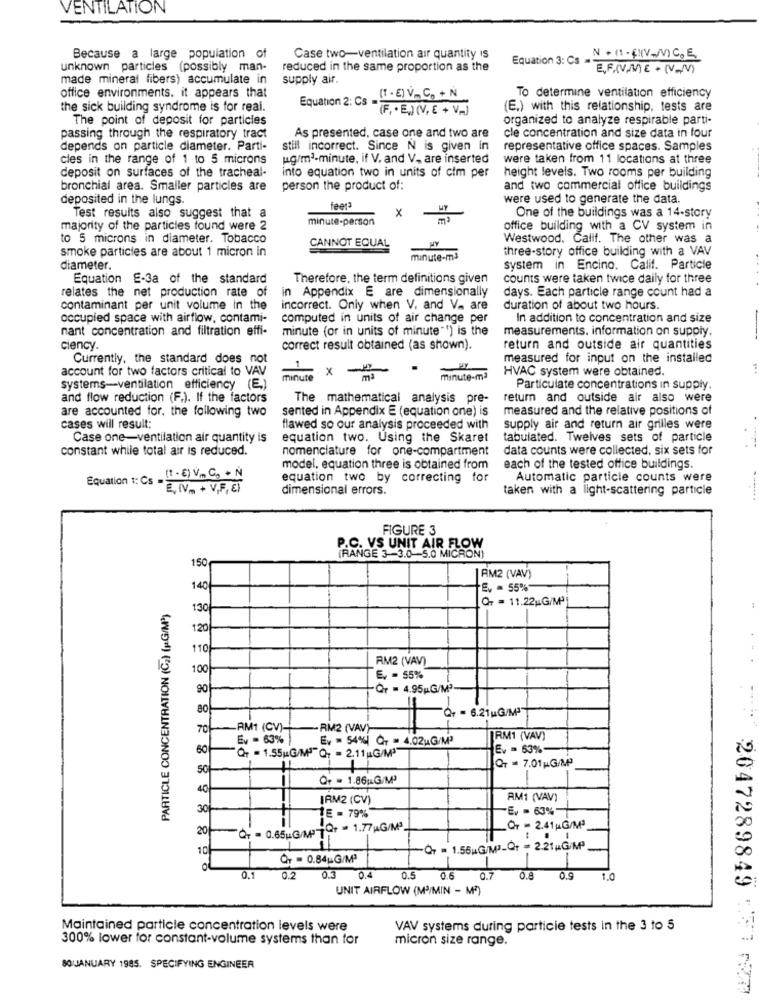
VENTILATION
Because a large population of
Case two-ventilation air quantity Is
Equation 3: Cs . + (1 . EHV-/V) C. E.
unknown particles (possibly man-
reduced in the same proportion as the
E.F.(V.ME + (V_V)
made mineral fibers) accumulate in
supply air.
Equation 2: Cs .( . E) V. C. + N
office environments. it appears that
To determine ventilation efficiency
the sick building syndrome is for real.
(F, · E,) (V, E + V„,)
(E.) with this relationship, tests are
The point of deposit for particles
organized to analyze respirable parti-
As presented, case one and two are
passing through the respiratory tract
cle concentration and size data in four
depends on particle diameter. Parti-
still incorrect. Since N is given in
representative office spaces. Samples
cles in the range of 1 to 5 microns
ug/m3-minute, if V. and V. are inserted
were taken from 11 locations at three
deposit on surfaces of the tracheal-
into equation two in units of cim per
height levels. Two rooms per building
bronchial area. Smaller particles are
person the product of:
and two commercial office buildings
deposited in the lungs.
were used to generate the data.
feet3
x
One of the buildings was a 14-story
Test results also suggest that a
minute-person
majority of the particles found were 2
office building with a CV system in
to 5 microns in diameter. Tobacco
Westwood. Calif. The other was a
smoke particles are about 1 micron in
CANNOT EQUAL
three-story office building with a VAV
minute-m3
diameter.
system in Encino. Calif. Particle
Equation E-3a of the standard
Therefore, the term definitions given
counts were taken twice daily for three
relates the net production rate of
n Appendix E are dimensionally
days. Each particle range count had a
contaminant per unit volume In the
incorrect. Only when V, and V_ are
duration of about two hours.
occupied space with airflow, contami-
computed in units of air change per
In addition to concentration and size
nant concentration and filtration effi-
minute (or in units of minute"") is the
measurements, information on supply,
ciency.
correct result obtained (as shown).
return and outside air quantities
Currently, the standard does not
measured for input on the installed
account for two factors critical to VAV
x -
HVAC system were obtained.
minute
minute-ma
systems-ventilation efficiency (E)
Particulate concentrations in supply.
and flow reduction (F.). If the factors
The mathematical analysis pre-
return and outside air also were
are accounted for, the following two
sented in Appendix E (equation one) is
measured and the relative positions of
cases will result:
flawed so our analysis proceeded with
supply air and return air grilles were
Case one-ventilation air quantity is
equation two. Using the Skaret
tabulated. Twelves sets of particle
constant while total air is reduced.
nomenclature for one-compartment
data counts were collected, six sets for
model, equation three is obtained from
each of the tested office buildings.
Equation 1: Cs -
(1 - E) V C + N
equation two by correcting for
Automatic particle counts were
" E, IVm + V,F, E)
dimensional errors.
taken with a light-scattering particle
FIGURE 3
P.C. VS UNIT AIR FLOW
(RANGE 3-3.0-5.0 MICRON)
150
RM2 (VAV)
140
E. = 55%
Q- = 11.22;G/Mª
PARTICLE CONCENTRATION (Cz) (1G/M))
130
120
110
RM2 (VAV)
100
E, - 55%
90
Qr = 4.95 G/Mª
80
70
RM1 (CV)
-RM2 (VAV)
Ev = 63% |
Ev = 54%| QT = 4.02uG/Mª
RM1 (VAV)
"Qr = 1.55 G/M""QT = 2.11 G/M3
Ev = 63%
QT = 7.01 G/MPP
50
Q+ = 1.86u.G/Mº
IRM2 (CV)
AM1 (VAV)
30
Ev - 63%
1E = 79%
20
QT = 0.65u.G/M OF = 1.77 G/Mª
Qr = 2.41 MG/M3
-
10-
Qr = 1.56 G/Mª-Qr = 2.21,G/Mª
QT = 0.84 G/M3
0.1
0.2
0.3
0.4
0.5
0.6
0.7
0.8
0.9
1.0
2047289849
UNIT AIRFLOW (M/MIN - M3)
Maintained particle concentration levels were
VAV systems during particie tests in the 3 to 5
300% lower for constant-volume systems than for
micron size range.
SOUJANUARY 1985. SPECIFYING ENGINEER